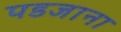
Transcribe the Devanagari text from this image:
पडजाना